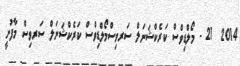
2014  21 - މޯލްޑިވްސް ކަރެކްޝަނަލް ސަރވިސްމޯލްޑިވްސް ކަރެކްޝަނަލް ސަރވިސް މާފުށީ